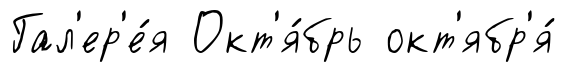
Гал'ер'е́я Окт'я́брь окт'ябр'я́